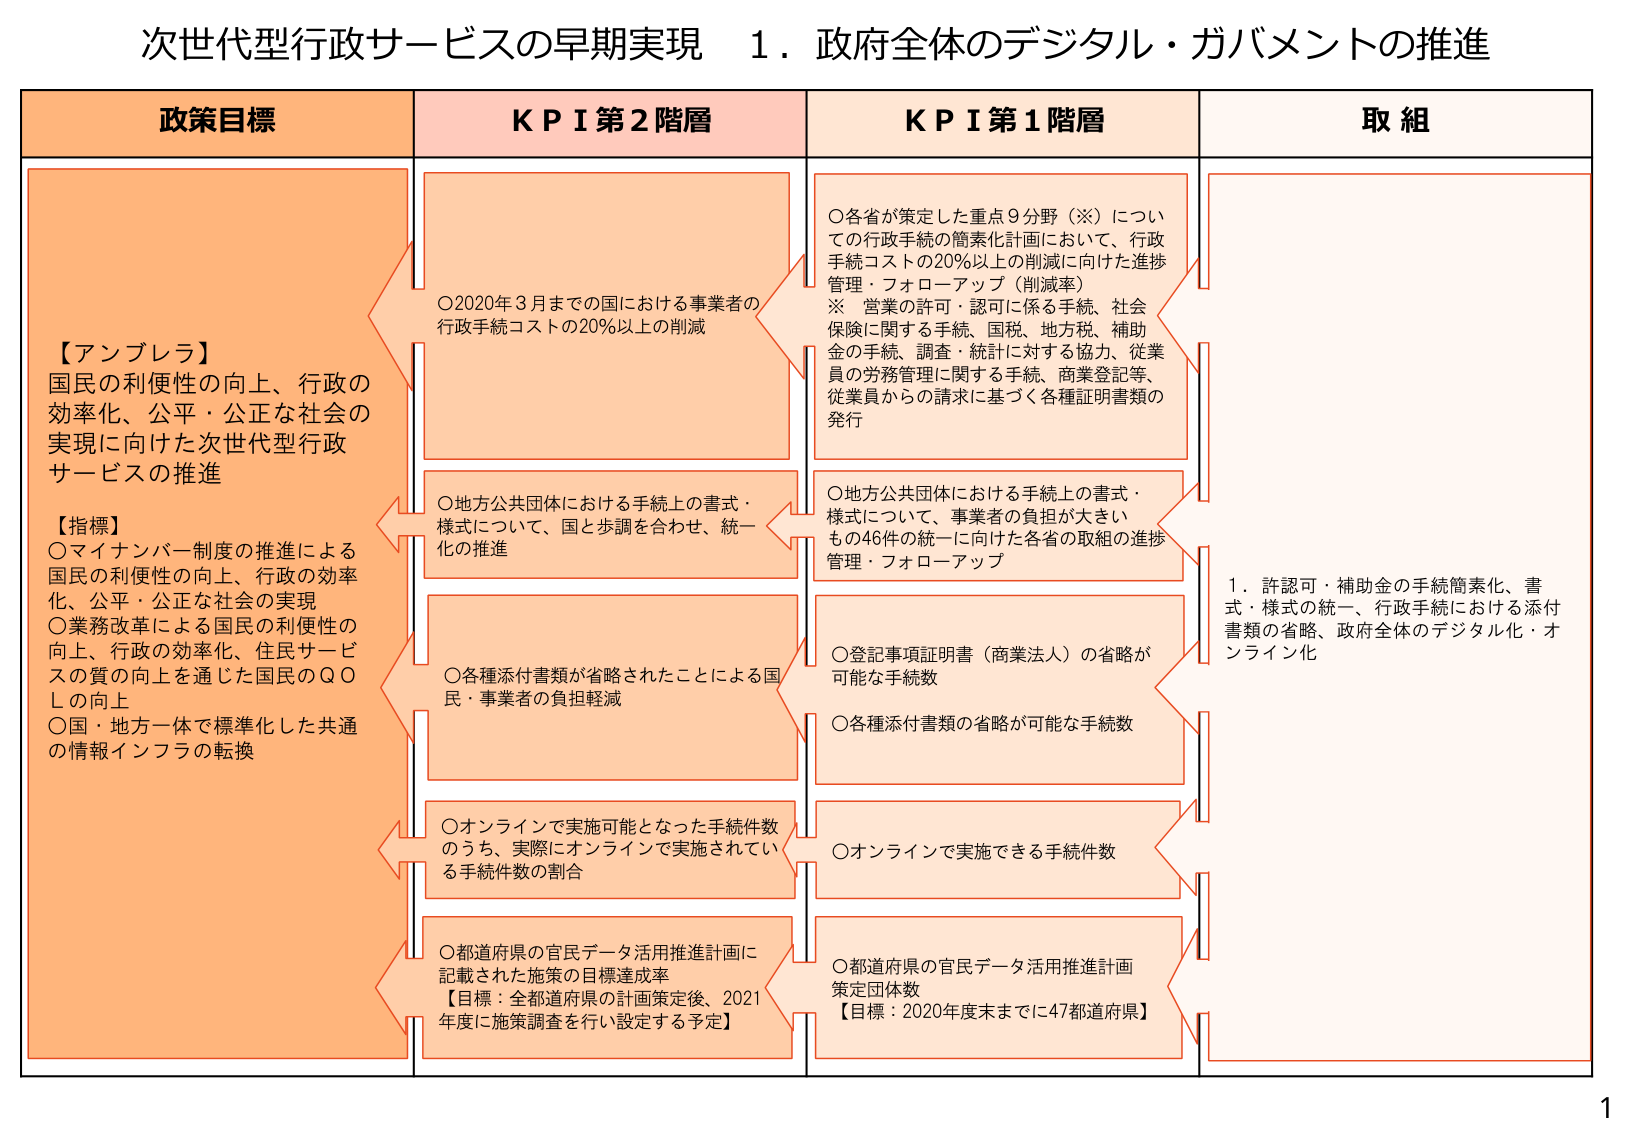
次世代型行政サービスの早期実現　１．政府全体のデジタル・ガバメントの推進

政策目標
【アンブレラ】
国民の利便性の向上、行政の
効率化、公平・公正な社会の
実現に向けた次世代型行政
サービスの推進

【指標】
〇マイナンバー制度の推進による
国民の利便性の向上、行政の効率
化、公平・公正な社会の実現
〇業務改革による国民の利便性の
向上、行政の効率化、住民サービ
スの質の向上を通じた国民のＱＯ
Ｌの向上
〇国・地方一体で標準化した共通
の情報インフラの転換

ＫＰＩ第２階層
〇2020年3月までの国における事業者の
行政手続コストの20％以上の削減
〇地方公共団体における手続上の書式・
様式について、国と歩調を合わせ、統一
化の推進
〇各種添付書類が省略されたことによる国
民・事業者の負担軽減
〇オンラインで実施可能となった手続件数
のうち、実際にオンラインで実施されてい
る手続件数の割合
〇都道府県の官民データ活用推進計画に
記載された施策の目標達成率
【目標：全都道府県の計画策定後、2021
年度に施策調査を行い設定する予定】

ＫＰＩ第１階層
〇各省が策定した重点9分野（※）につい
ての行政手続の簡素化計画において、行政
手続コストの20％以上の削減に向けた進捗
管理・フォローアップ（削減率）
※ 営業の許可・認可に係る手続、社会
保険に関する手続、国税、地方税、補助
金の手続、調査・統計に対する協力、従業
員の労務管理に関する手続、商業登記等、
従業員からの請求に基づく各種証明書類の
発行
〇地方公共団体における手続上の書式・
様式について、事業者の負担が大きい
もの46件の統一に向けた各省の取組の進捗
管理・フォローアップ
〇登記事項証明書（商業法人）の省略が
可能な手続数
〇各種添付書類の省略が可能な手続数
〇オンラインで実施できる手続件数
〇都道府県の官民データ活用推進計画
策定団体数
【目標：2020年度末までに47都道府県】

取組
１．許認可・補助金の手続簡素化、書
式・様式の統一、行政手続における添付
書類の省略、政府全体のデジタル化・オ
ンライン化

1